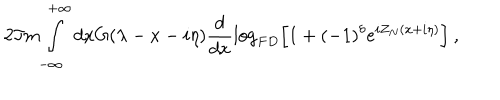
2 \Im m \int _ { - \infty } ^ { + \infty } d x G ( \lambda - x - i \eta ) \frac { d } { d x } \log _ { F D } \left[ 1 + ( - 1 ) ^ { \delta } e ^ { i Z _ { N } ( x + i \eta ) } \right] \: ,